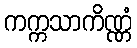
ကက္ကသာကိဏ္ဏံ